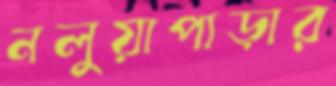
নলুয়াপাড়ার